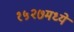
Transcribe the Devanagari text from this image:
१५२७मध्ये